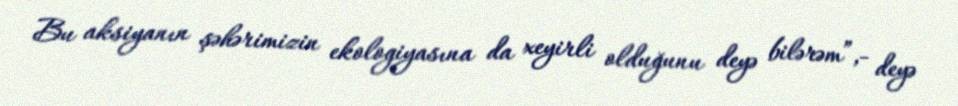
Bu aksiyanın şəhərimizin ekologiyasına da xeyirli olduğunu deyə bilərəm”,- deyə